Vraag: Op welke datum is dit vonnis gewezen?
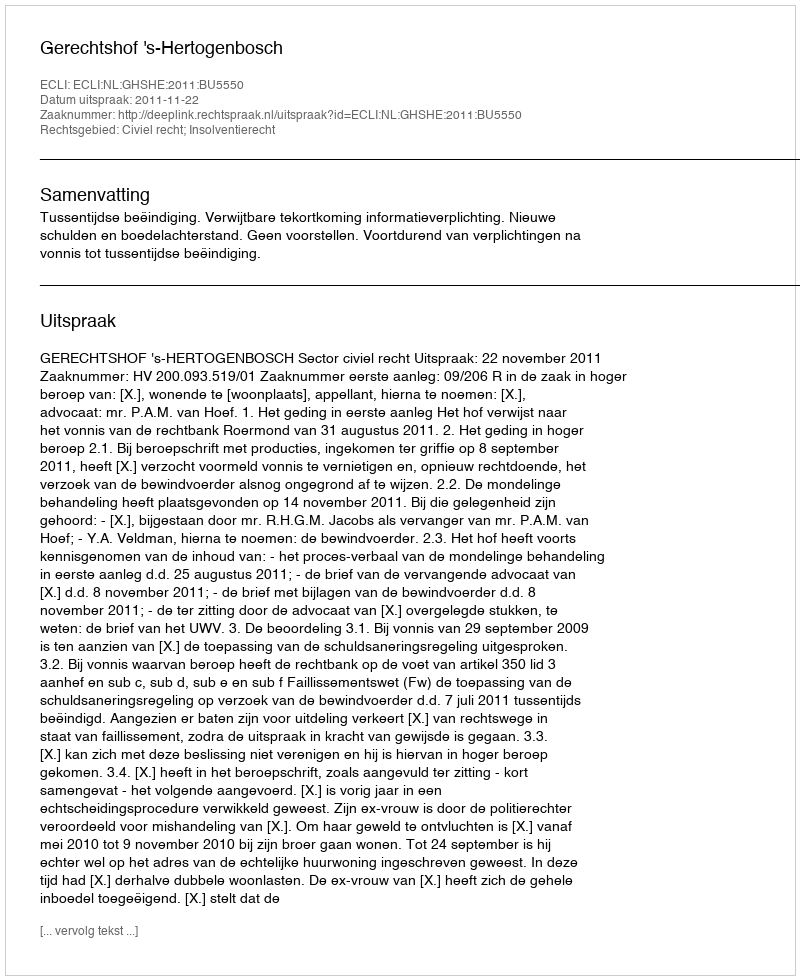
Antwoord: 2011-11-22